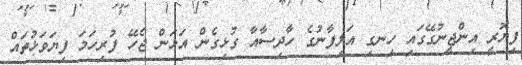
ފިޔޮރީ އިންޖީނުގޭގައި ހިނގި އަލިފާނުގެ ހާދިސާއާ ގުޅިގެން އަޅަން ޖެހޭ ފުރިހަމަ ފިޔަވަޅުތައް